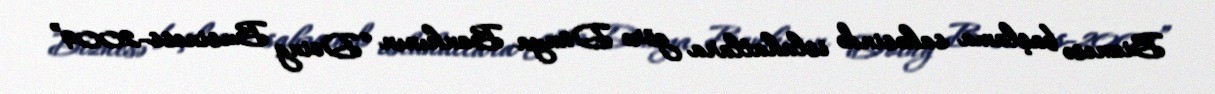
Biznesə başlama sahəsində islahatlara görə Dünya Bankının “Doing Business-2009”